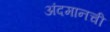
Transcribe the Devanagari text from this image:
अंदमानची